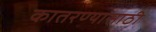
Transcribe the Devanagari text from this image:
कातरण्यासाठी